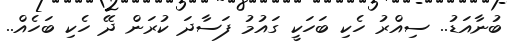
ބުނާއަޑު.. ސިއްރު ހެކި ބަހަކީ ގައުމު ފަސާދަ ކުރަން ދޭ ހެކި ބަހެއް..